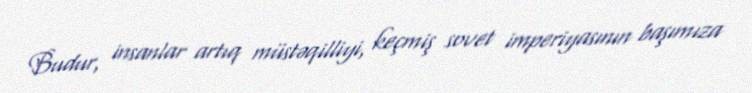
Budur, insanlar artıq müstəqilliyi, keçmiş sovet imperiyasının başımıza